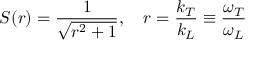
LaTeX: S ( r ) = \frac { 1 } { \sqrt { r ^ { 2 } + 1 } } , ~ ~ ~ r = \frac { k _ { T } } { k _ { L } } \equiv \frac { \omega _ { T } } { \omega _ { L } }